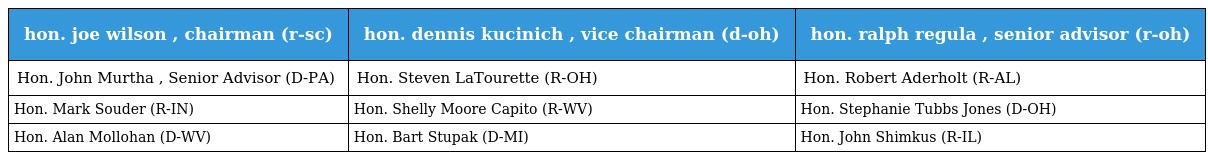
| hon. joe wilson , chairman (r-sc) | hon. dennis kucinich , vice chairman (d-oh) | hon. ralph regula , senior advisor (r-oh) |
 | --- | --- | --- |
 | Hon. John Murtha , Senior Advisor (D-PA) | Hon. Steven LaTourette (R-OH) | Hon. Robert Aderholt (R-AL) |
 | Hon. Mark Souder (R-IN) | Hon. Shelly Moore Capito (R-WV) | Hon. Stephanie Tubbs Jones (D-OH) |
 | Hon. Alan Mollohan (D-WV) | Hon. Bart Stupak (D-MI) | Hon. John Shimkus (R-IL) |